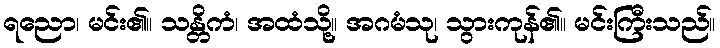
ရညော၊ မင်း၏။ သန္တိကံ၊ အထံသို့။ အဂမံသု၊ သွားကုန်၏။ မင်းကြီးသည်။